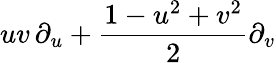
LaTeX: uv\, \partial_{u}+{\frac{1-u^{2}+v^{2}}{2}}\partial_{v}